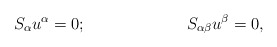
\begin{align*}S_\alpha u^\alpha =0;\hspace{1.0in}S_{\alpha \beta }u^\beta =0, \end{align*}